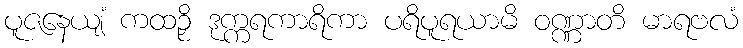
ပူဇနေယျံ ကထဉှိ ဒုက္ကရကာရိကာ ပရိပူရယာမိ ဝဏ္ဏာတိ မာရဗလံ